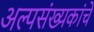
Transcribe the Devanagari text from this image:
अल्पसंख्यकांचे